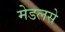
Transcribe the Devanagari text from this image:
मेडलसे